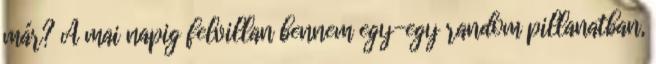
már? A mai napig felvillan bennem egy-egy random pillanatban,